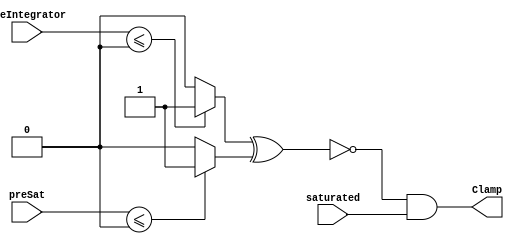
module velocityControlHdl_Clamp_block
          (
           preIntegrator,
           preSat,
           saturated,
           Clamp
          );


  input   signed [35:0] preIntegrator;  // sfix36_En29
  input   signed [35:0] preSat;  // sfix36_En23
  input   saturated;
  output  Clamp;


  wire Compare_To_Zero_out1;
  wire Compare_To_Zero1_out1;
  wire Compare_To_Zero_out1_1;
  wire Logical_Operator_out1;


  // <S17>/Compare To Zero
  assign Compare_To_Zero_out1 = (preIntegrator <= 36'sh000000000 ? 1'b1 :
              1'b0);



  // <S17>/Compare To Zero1
  assign Compare_To_Zero1_out1 = (preSat <= 36'sh000000000 ? 1'b1 :
              1'b0);



  // <S17>/Logical Operator
  assign Compare_To_Zero_out1_1 =  ~ (Compare_To_Zero_out1 ^ Compare_To_Zero1_out1);



  // <S17>/AND
  assign Logical_Operator_out1 = Compare_To_Zero_out1_1 & saturated;



  assign Clamp = Logical_Operator_out1;

endmodule